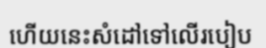
ហើយនេះសំដៅទៅលើរបៀប